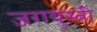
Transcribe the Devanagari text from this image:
ज़रायुस्त्री